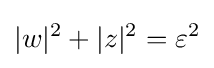
|w|^{2}+|z|^{2}=\varepsilon ^{2}